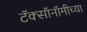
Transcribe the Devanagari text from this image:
टॅक्सॉनॉमीच्या